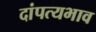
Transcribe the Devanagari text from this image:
दांपत्यभाव